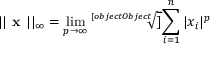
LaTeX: | | { \textbf { x } } | | _ { \infty } = \operatorname* { l i m } _ { p \to \infty } { \sqrt [ [object Object] ] { \sum _ { i = 1 } ^ { n } | x _ { i } | ^ { p } } }